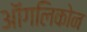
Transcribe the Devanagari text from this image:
ऑगलिकोन